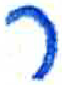
אות: ר